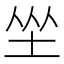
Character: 𱖦